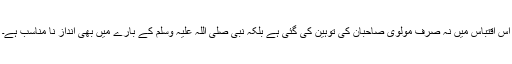
اس اقتباس میں نہ صرف مولوی صاحبان کی توہین کی گئی ہے بلکہ نبی صلی اللہ علیہ وسلم کے بارے میں بھی انداز نا مناسب ہے۔